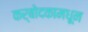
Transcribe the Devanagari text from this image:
कर्बोदकामधून